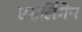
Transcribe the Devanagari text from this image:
एसलिंगेन